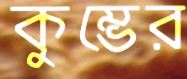
কুম্ভের